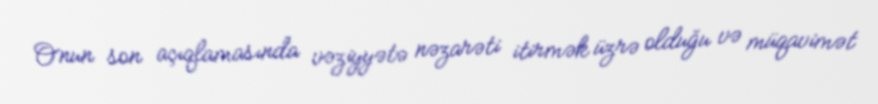
Onun son açıqlamasında vəziyyətə nəzarəti itirmək üzrə olduğu və müqavimət